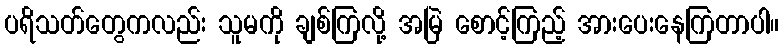
ပရိသတ်တွေကလည်း သူမကို ချစ်ကြလို့ အမြဲ စောင့်ကြည့် အားပေးနေကြတာပါ။